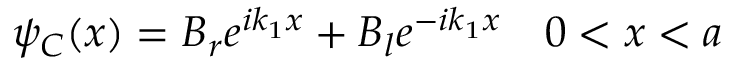
\psi _ { C } ( x ) = B _ { r } e ^ { i k _ { 1 } x } + B _ { l } e ^ { - i k _ { 1 } x } \quad 0 < x < a